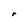
Character: r